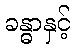
ခန္ဓာနှင့်